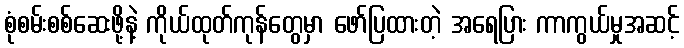
စုံစမ်းစစ်ဆေးဖို့နဲ့ ကိုယ်ထုတ်ကုန်တွေမှာ ဖော်ပြထားတဲ့ အရေပြား ကာကွယ်မှုအဆင့်